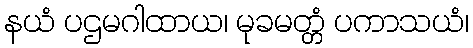
နယံ ပဌမဂါထာယ၊ မုခမတ္တံ ပကာသယံ၊